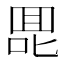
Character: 𰈅